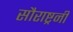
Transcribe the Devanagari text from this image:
सौराष्ट्रनी